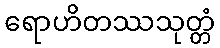
ရောဟိတဿသုတ္တံ